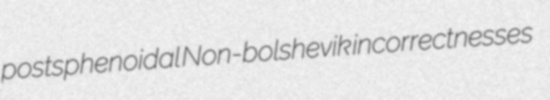
postsphenoidal Non-bolshevik incorrectnesses